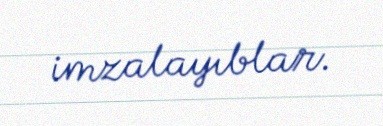
imzalayıblar.